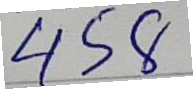
458